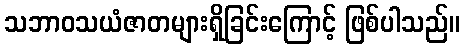
သဘာဝသယံဇာတများရှိခြင်းကြောင့် ဖြစ်ပါသည်။